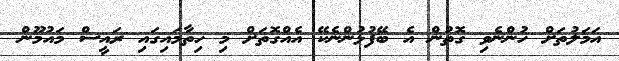
އަމަލުތަށް ހުންނެވި ގޮތުން އެ ބޭފުޅުންނެކޭ އެއްގޮތަށް މި ހިތާމައިގައި ރައީސް މައުމޫން